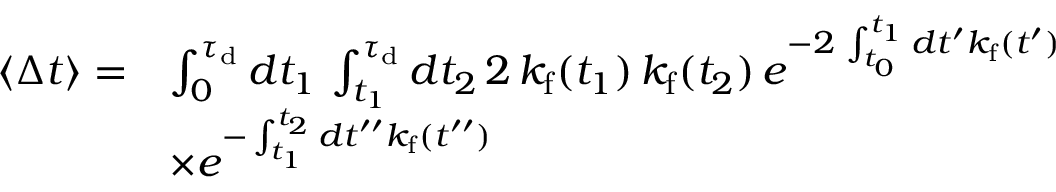
\begin{array} { r l } { \langle \Delta t \rangle = } & { \int _ { 0 } ^ { \tau _ { \mathrm { d } } } d t _ { 1 } \, \int _ { t _ { 1 } } ^ { \tau _ { \mathrm { d } } } d t _ { 2 } \, 2 \, k _ { \mathrm { f } } ( t _ { 1 } ) \, k _ { \mathrm { f } } ( t _ { 2 } ) \, e ^ { - 2 \, \int _ { t _ { 0 } } ^ { t _ { 1 } } d t ^ { \prime } k _ { \mathrm { f } } ( t ^ { \prime } ) } } \\ & { \times e ^ { - \int _ { t _ { 1 } } ^ { t _ { 2 } } d t ^ { \prime \prime } k _ { \mathrm { f } } ( t ^ { \prime \prime } ) } } \end{array}